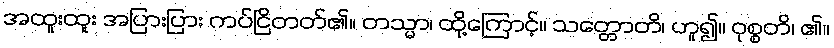
အထူးထူး အပြားပြား ကပ်ငြိတတ်၏။ တသ္မာ၊ ထို့ကြောင့်။ သတ္တောတိ၊ ဟူ၍။ ဝုစ္စတိ၊ ၏။